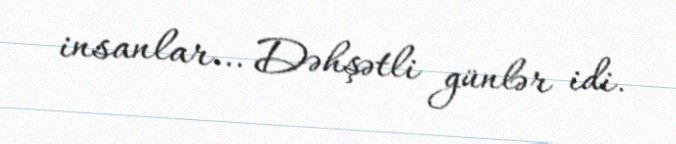
insanlar… Dəhşətli günlər idi.